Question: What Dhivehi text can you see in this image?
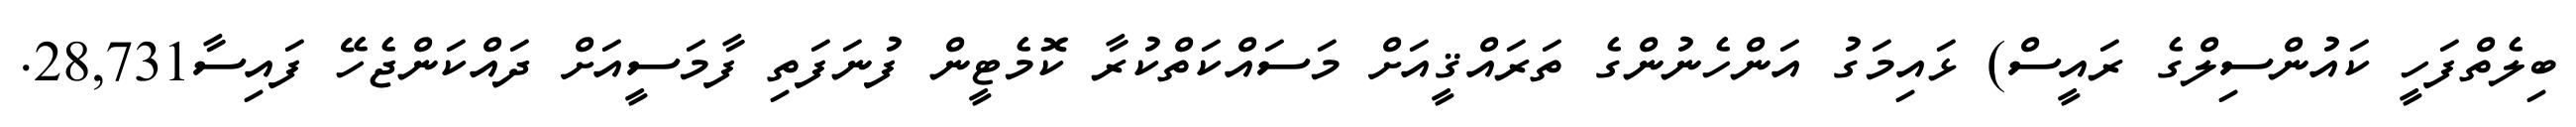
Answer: ބިލެތްފަހީ ކައުންސިލްގެ ރައީސް) ޅައިމަގު އަންހެނުންގެ ތަރައްޤީއަށް މަސައްކަތްކުރާ ކޮމެޓީން ފުނަފަތި ފާމަސީއަށް ދައްކަންޖެހޭ ފައިސާ28,731.